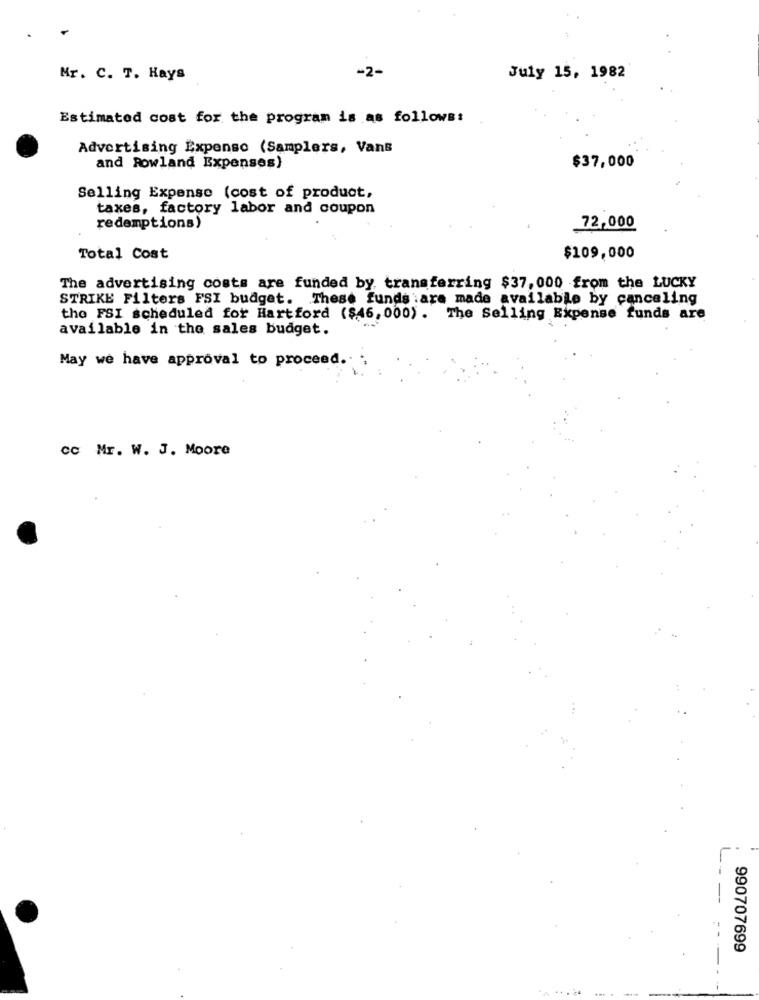
Mr. C. T. Hays
-2-
July 15, 1982
Estimated cost for the program is as follows:
Advertising Expenso (Samplers, Vans
and Rowland Expenses)
$37,000
Selling Expense (cost of product,
taxes, factory labor and coupon
redemptions)
72,000
Total Cost
$109,000
The advertising costs are funded by transferring $37, 000 from the LUCKY
STRIKE Filters FSI budget. These funds are made available by canceling
tho FSI scheduled for Hartford ($46, 000). The Selling Expense funds are
available in the sales budget.
May we have approval to proceed.
cc Mr. W. J. Moore
990707699